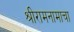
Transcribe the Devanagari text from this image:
श्रीरामनामाचा